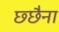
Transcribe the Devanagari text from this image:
छ्छैना